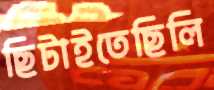
ছিটাইতেছিলি